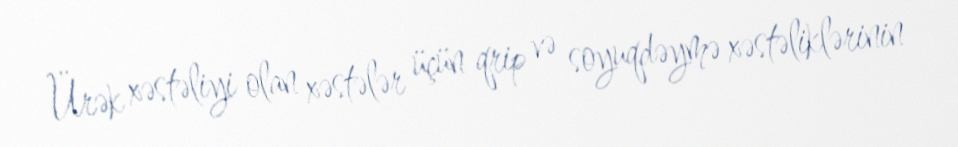
Ürək xəstəliyi olan xəstələr üçün qrip və soyuqdəymə xəstəliklərinin